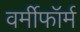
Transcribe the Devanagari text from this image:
वर्मीफॉर्म